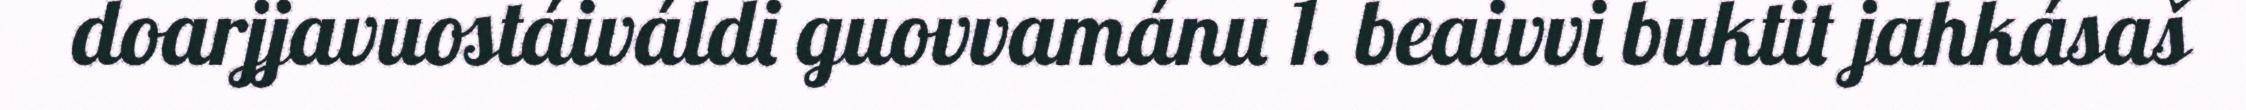
doarjjavuostáiváldi guovvamánu 1. beaivvi buktit jahkásaš